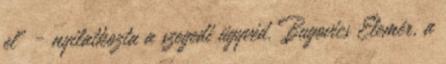
el" - nyilatkozta a szegedi ügyvéd. Bugovics Elemér, a